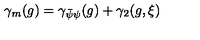
\gamma _ { m } ( g ) = \gamma _ { \bar { \psi } \psi } ( g ) + \gamma _ { 2 } ( g , \xi )